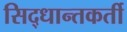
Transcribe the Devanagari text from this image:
सिद्धान्तकर्ती